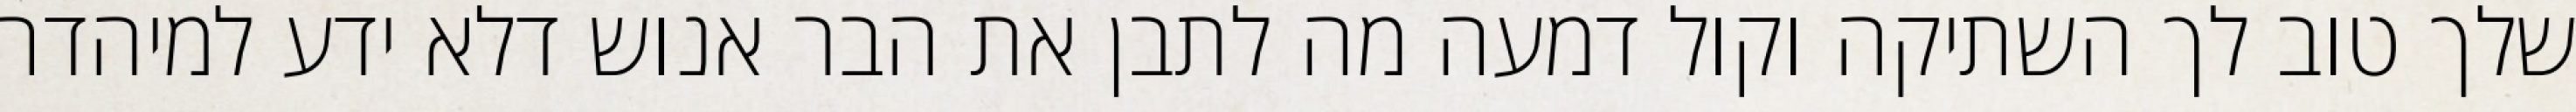
שלך טוב לך השתיקה וקול דמעה מה לתבן את הבר אנוש דלא ידע למיהדר